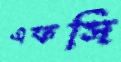
এফসি